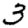
Digit: 3